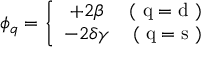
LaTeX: \phi _ { q } = \left\{ \begin{array} { c r } { { + 2 \beta } } & { { \mathrm { ( ~ q = d ~ ) } } } \\ { { - 2 \delta \gamma } } & { { \mathrm { ( ~ q = s ~ ) } } } \end{array} \right.